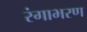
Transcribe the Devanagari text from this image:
रंगाभरण